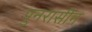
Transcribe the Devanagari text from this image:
पुनरासीन